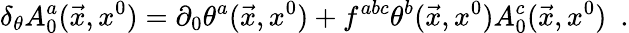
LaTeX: \delta_{\theta}A_{0}^{a}(\vec{x},x^{0})=\partial_{0}\theta^{a}(\vec{x},x^{0})+f^{abc}\theta^{b}(\vec{x},x^{0})A_{0}^{c}(\vec{x},x^{0})\ \ .